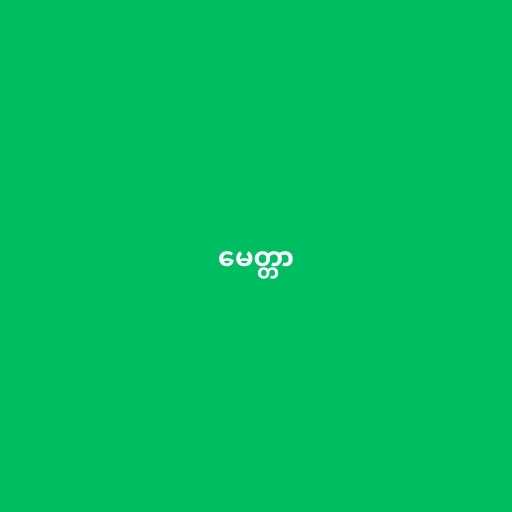
မေတ္တာ